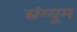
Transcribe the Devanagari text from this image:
संग्यूम